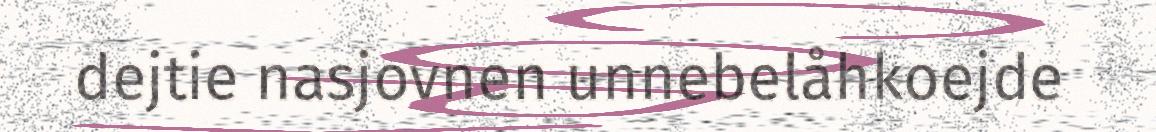
dejtie nasjovnen unnebelåhkoejde